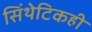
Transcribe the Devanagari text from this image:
सिंथेटिकही